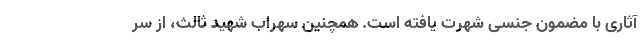
آثاری با مضمون جنسی شهرت یافته است. همچنین سهراب شهید ثالث، از سر